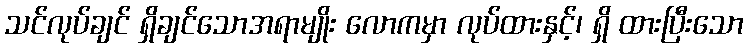
သင်လုပ်ချင် ရှိချင်သောအရာမျိုး လောကမှာ လုပ်ထားနှင့်၊ ရှိ ထားပြီးသော